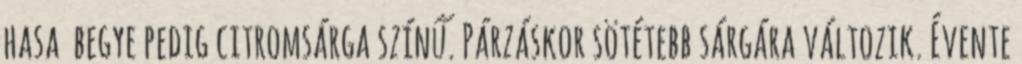
hasa begye pedig citromsárga színű. Párzáskor sötétebb sárgára változik. Évente